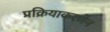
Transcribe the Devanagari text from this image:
प्रक्रियाकरणेन